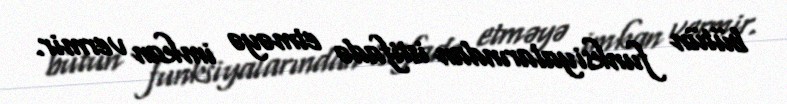
bütün funksiyalarından istifadə etməyə imkan vermir.